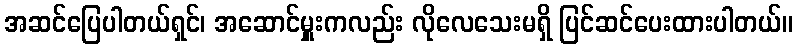
အဆင်ပြေပါတယ်ရှင်၊ အဆောင်မှူးကလည်း လိုလေသေးမရှိ ပြင်ဆင်ပေးထားပါတယ်။